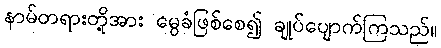
နာမ်တရားတို့အား မွေခံဖြစ်စေ၍ ချုပ်ပျောက်ကြသည်။